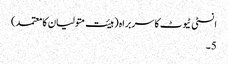
انسٹی ٹیوٹ کا سربراہ (ہیئت متولیان کا معتمد)
5۔